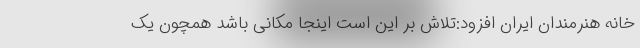
خانه هنرمندان ایران افزود:تلاش بر این است اینجا مکانی باشد همچون یک